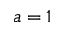
a = 1